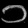
Digit: ၁